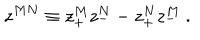
z ^ { M N } \equiv z _ { + } ^ { M } z _ { - } ^ { N } - z _ { + } ^ { N } z _ { - } ^ { M } \ .